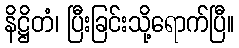
နိဋ္ဌိတံ၊ ပြီးခြင်းသို့ရောက်ပြီ။